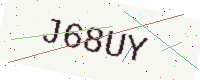
Text: J68UY